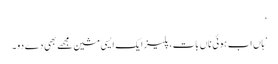
‘
’ہاں اب ہوئی ناں بات، پلیز ایک ایسی مشین مجھے بھی دے دو۔